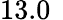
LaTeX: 13.0\, \